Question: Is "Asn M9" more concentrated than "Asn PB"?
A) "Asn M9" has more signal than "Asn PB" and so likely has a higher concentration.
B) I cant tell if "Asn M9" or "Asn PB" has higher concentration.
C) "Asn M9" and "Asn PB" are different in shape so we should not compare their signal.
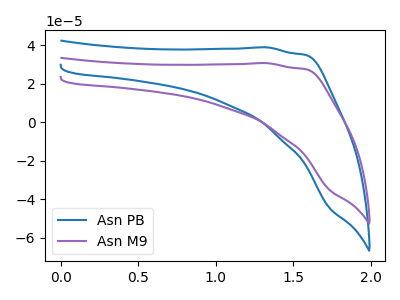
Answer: <think>The blue curve "Asn PB" has no peaks. The purple curve "Asn M9" has no peaks.
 Neither "Asn M9" or "Asn PB" have any peaks.</think>
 <answer>B) I cant tell if "Asn M9" or "Asn PB" has higher concentration.</answer>
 <eval>B</eval>